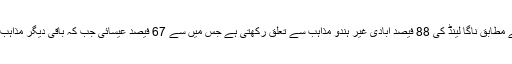
ایک محتاط اندازے کے مطابق ناگا لینڈ کی 88 فیصد آبادی غیر ہندو مذاہب سے تعلق رکھتی ہے جس میں سے 67 فیصد عیسائی جب کہ باقی دیگر مذاہب سے تعلق رکھتے ہیں۔